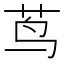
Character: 茑